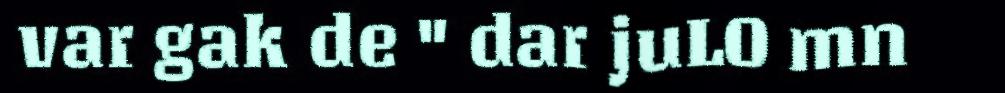
var gak de " dar juLO mn